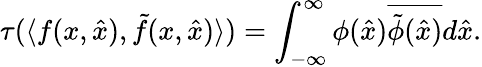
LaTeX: \tau(\langle f(x,\hat{x}),\tilde{f}(x,\hat{x})\rangle)=\int_{-\infty}^{\infty}\phi(\hat{x})\overline{{{\tilde{\phi}(\hat{x})}}}d\hat{x}.